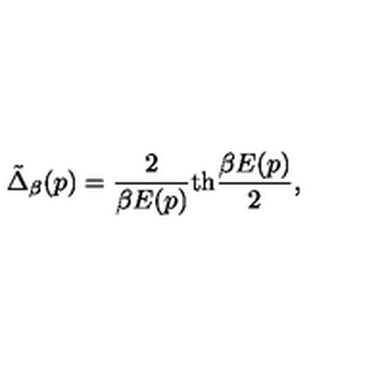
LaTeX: \tilde { \Delta } _ { \beta } ( p ) = { \frac { 2 } { \beta E ( p ) } } \mathrm { t h } { \frac { \beta E ( p ) } { 2 } } ,